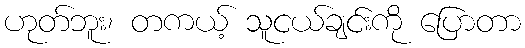
ဟုတ်ဘူး၊ တကယ့် သူငယ်ချင်းကို ပြောတာ